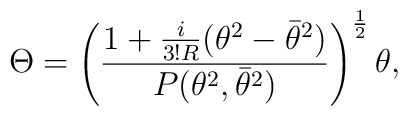
\Theta=\left({{1+{i\over {3!R}}(\theta^2-\bar\theta^2)}\over{P(\theta^2,\bar\theta^2)} }\right)^{1\over 2}\theta,